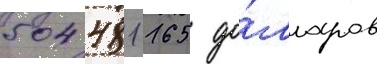
504 481 165 до́лларов